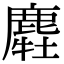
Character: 𪋂